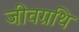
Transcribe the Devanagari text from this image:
जीवग्रथि